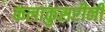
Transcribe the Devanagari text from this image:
कलाकुसरीनी